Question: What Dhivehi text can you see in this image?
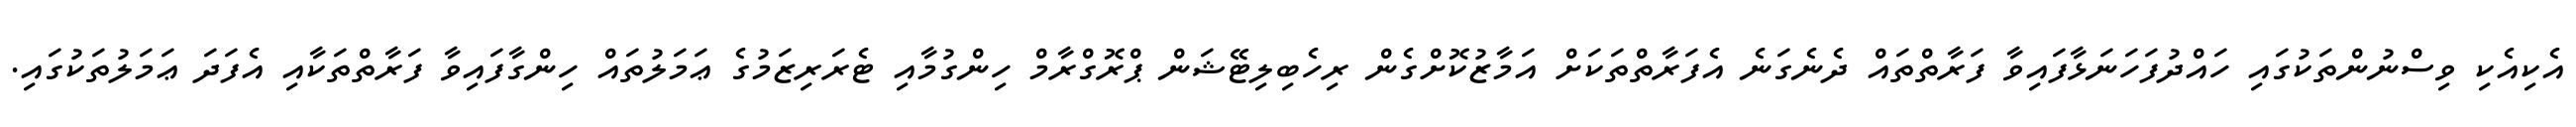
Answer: އެކިއެކި ވިސްނުންތަކުގައި ހައްދުފަހަނަޅާފައިވާ ފަރާތްތައް ދެނެގަނެ އެފަރާތްތަކަށް އަމާޒުކޮށްގެން ރިހެބިލިޓޭޝަން ޕްރޮގްރާމް ހިންގުމާއި ޓެރަރިޒަމުގެ ޢަމަލުތައް ހިންގާފައިވާ ފަރާތްތަކާއި އެފަދަ ޢަމަލުތަކުގައި.